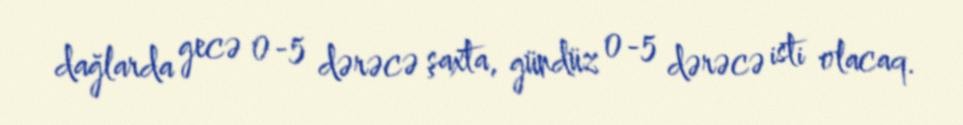
dağlarda gecə 0-5 dərəcə şaxta, gündüz 0-5 dərəcə isti olacaq.